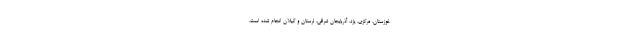
خوزستان، مرکزی، یزد، آذربایجان شرقی، لرستان و گیلان انجام شده است.